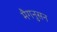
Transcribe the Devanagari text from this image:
मैगनुसन